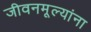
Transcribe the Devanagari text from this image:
जीवनमूल्यांना